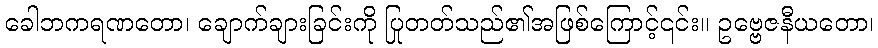
ခေါဘကရဏတော၊ ချောက်ချားခြင်းကို ပြုတတ်သည်၏အဖြစ်ကြောင့်၎င်း။ ဥဗ္ဗေဇနီယတော၊